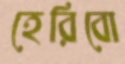
হেরিবো